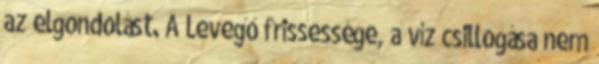
az elgondolást. A Levegő frissessége, a víz csillogása nem